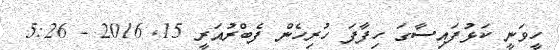
ހީވަނީ ކަޅުފައިސާގަ ހިފާފަ ހުރިހެން ފެބްރުއަރީ 15